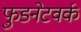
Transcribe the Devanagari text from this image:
फुडनेटवर्क